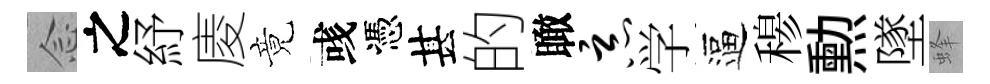
𫝹之紓庱竟彧憑甚的瞰恶学逼𥠇勲墜蜂